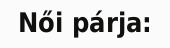
Női párja: